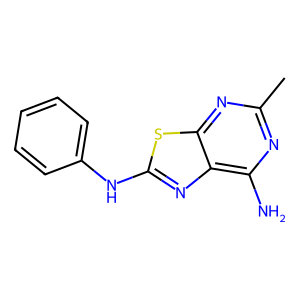
SMILES: Cc1nc(N)c2nc(Nc3ccccc3)sc2n1
Inhibits HIV replication: No